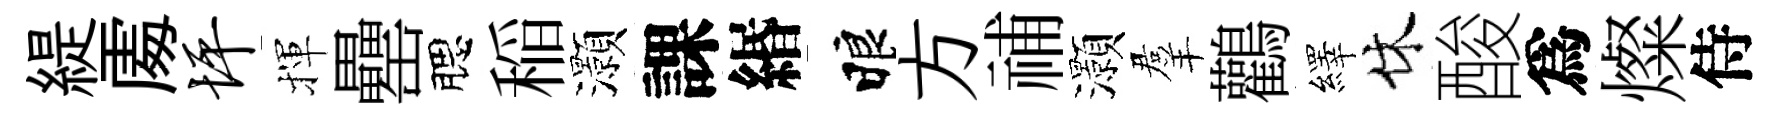
緹𠁅坪揮罍腮稲灝課緡睱方𥙷灝羣鸛繹休酸爲燦侍